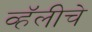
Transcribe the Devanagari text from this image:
व्हॅलीचे